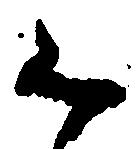
く